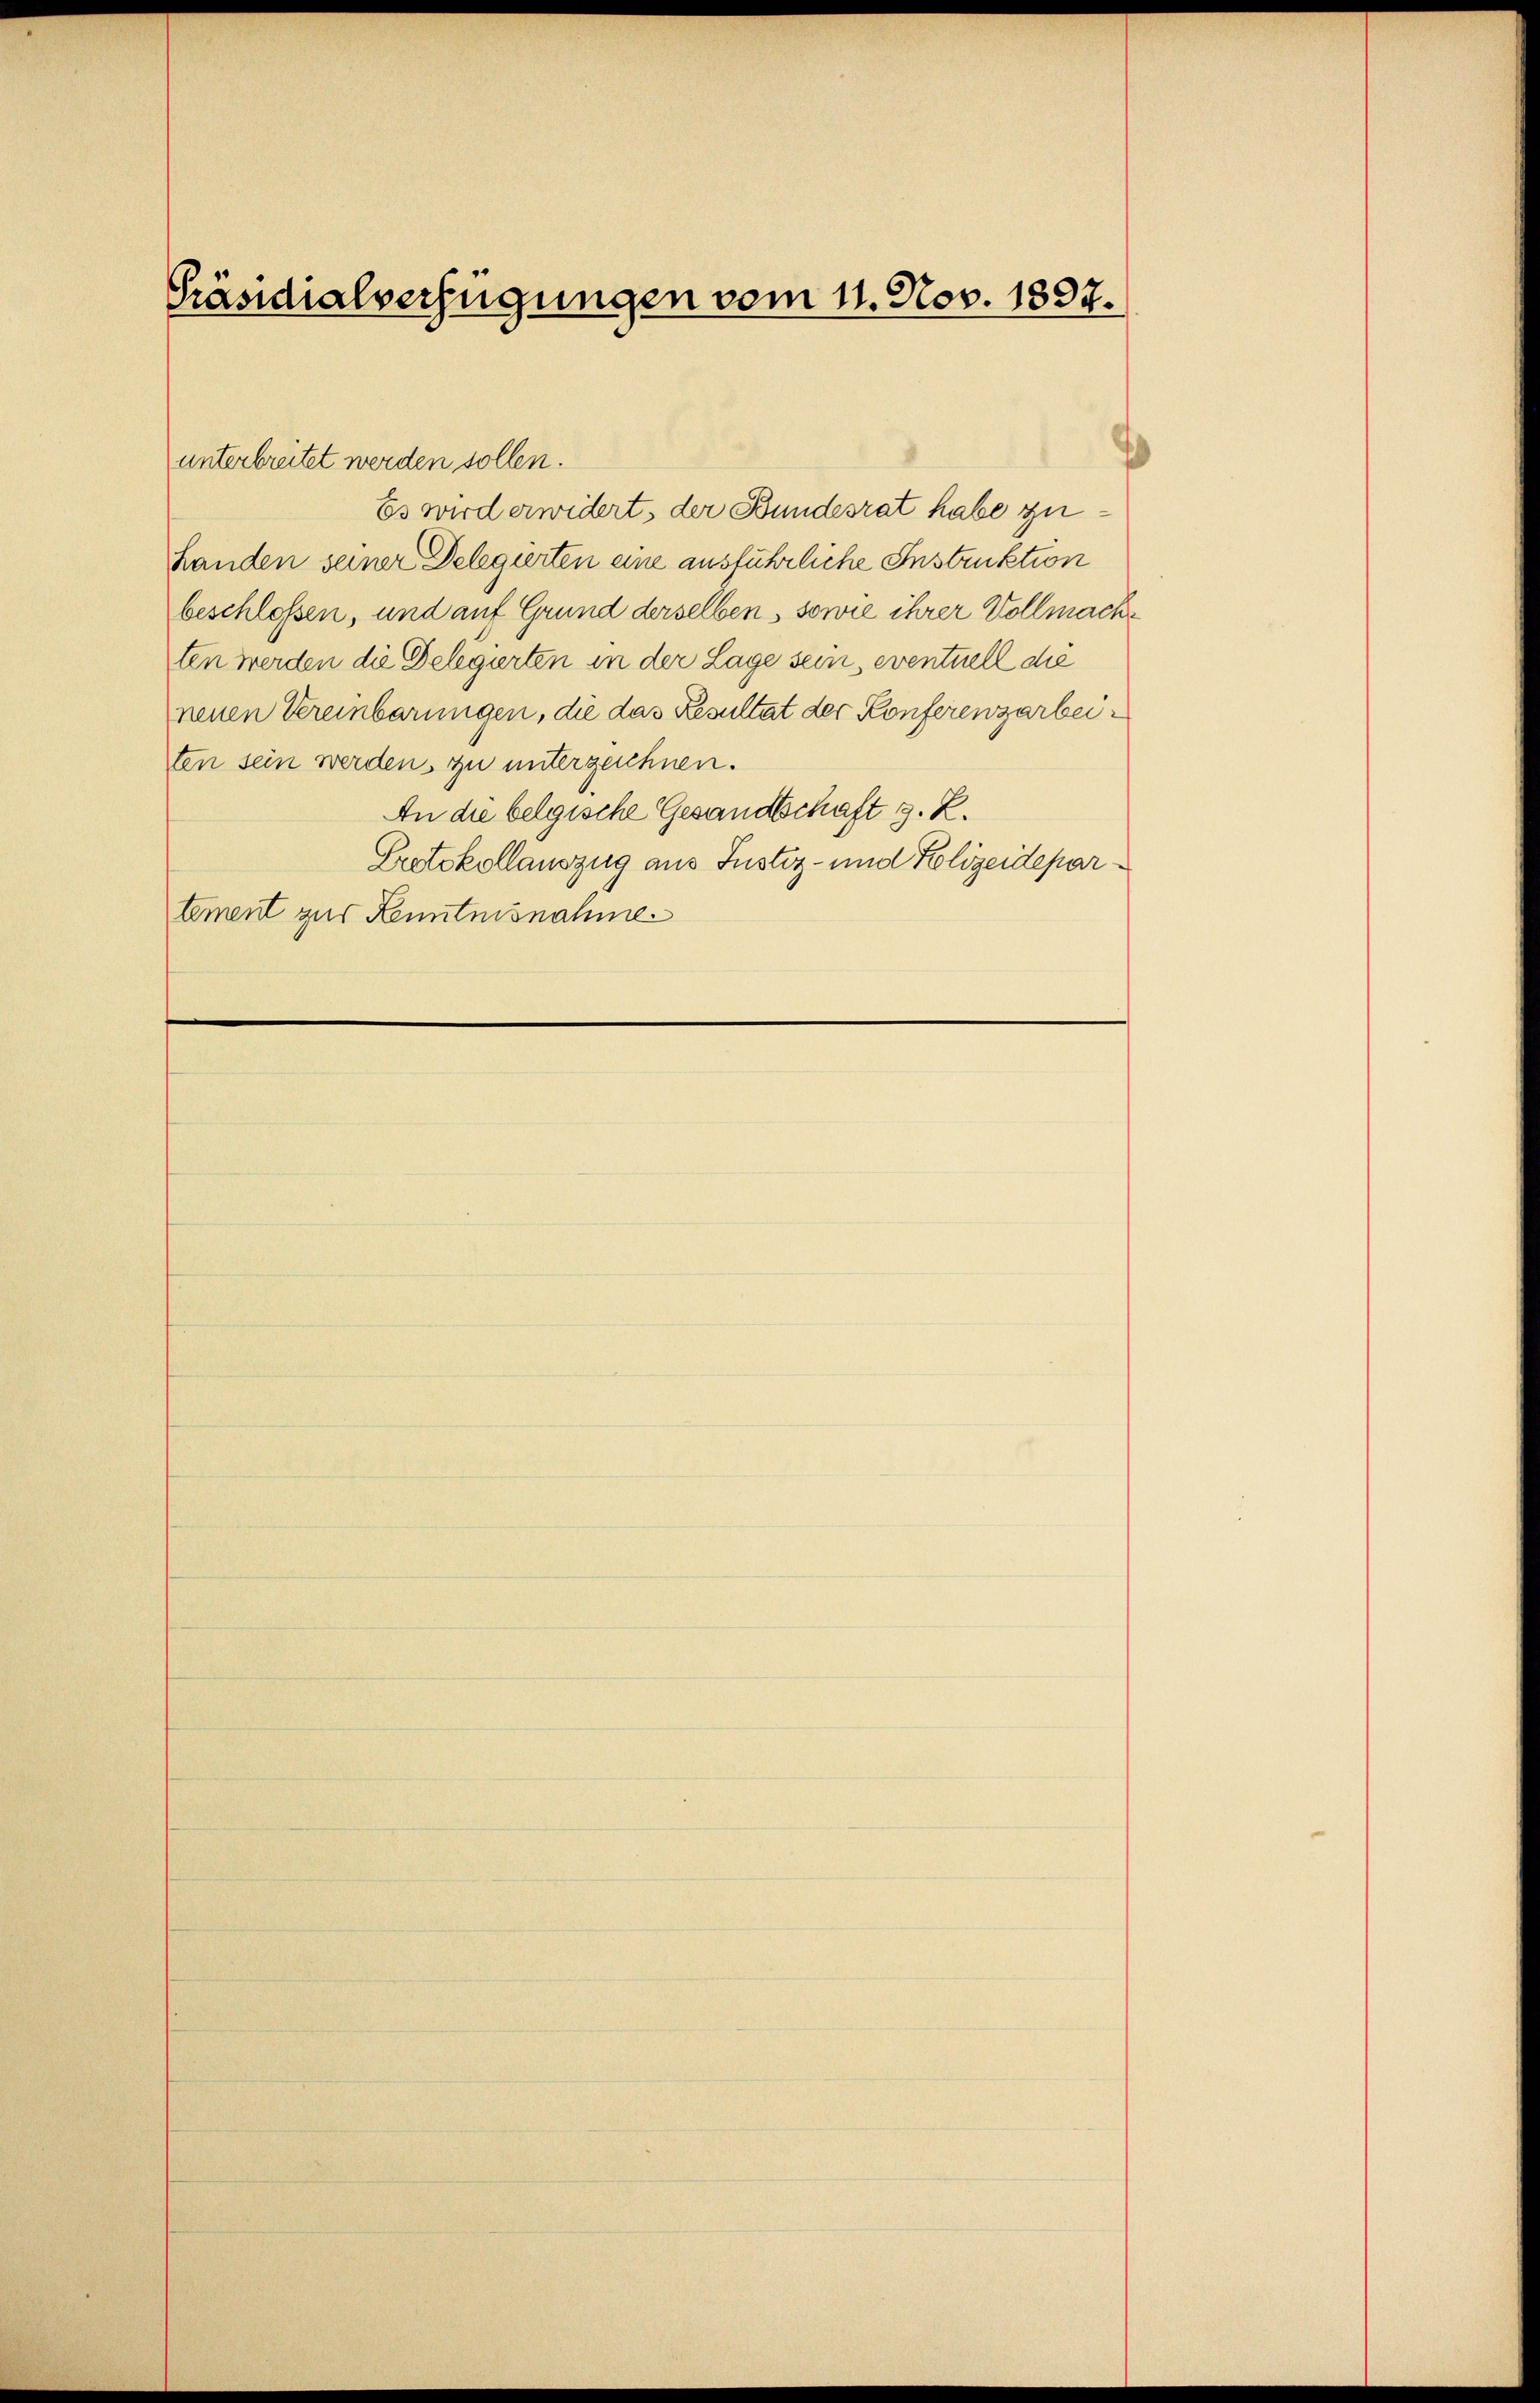
Präsidialverfügungen vom 11. Nov. 1897.

unterbreitet werden sollen.
Es wird erwidert, der Bundesrat habe zu¬
Landen seiner Delegierten eine ausführliche Instruktion
beschloßen, und auf Grund derselben, sowie ihrer Vollmachten werden die Delegierten in der Lage sein, eventuell die
neuen Vereinbarungen, die das Resultat der Konferenzarbeiten sein werden, zu unterzeichnen.
An die belgische Gesandtschaft s. Z.
Protokollauszug aus Justiz- und Polizeidepartement zur Kenntnisnahme